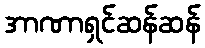
အာဏာရှင်ဆန်ဆန်